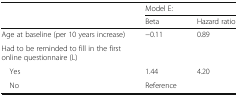
<table><thead><tr><td rowspan="2"></td><td colspan="2"><b>Model E:</b></td></tr><tr><td><b>Beta</b></td><td><b>Hazard ratio</b></td></tr></thead><tbody><tr><td>Age at baseline (per 10 years increase)</td><td>−0.11</td><td>0.89</td></tr><tr><td colspan="3">Had to be reminded to fill in the first online questionnaire (L)</td></tr><tr><td> Yes</td><td>1.44</td><td>4.20</td></tr><tr><td> No</td><td>Reference</td><td></td></tr></tbody></table>